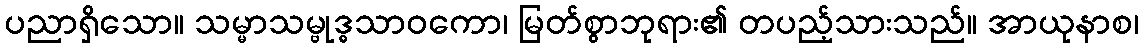
ပညာရှိသော။ သမ္မာသမ္ဗုဒ္ဓသာဝကော၊ မြတ်စွာဘုရား၏ တပည့်သားသည်။ အာယုနာစ၊